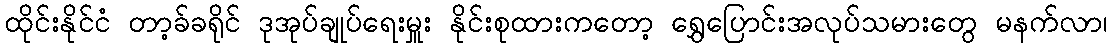
ထိုင်းနိုင်ငံ တာ့ခ်ခရိုင် ဒုအုပ်ချုပ်ရေးမှူး နိုင်းစုထားကတော့ ရွှေပြောင်းအလုပ်သမားတွေ မနက်လာ၊